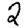
Digit: 2